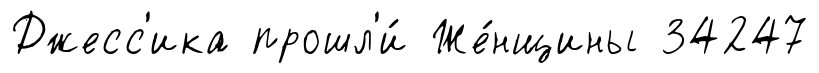
Джесс'ика прошл'и́ Же́нщины 34247